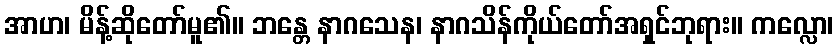
အာဟ၊ မိန့်ဆိုတော်မူ၏။ ဘန္တေ နာဂသေန၊ နာဂသိန်ကိုယ်တော်အရှင်ဘုရား။ ကလ္လော၊